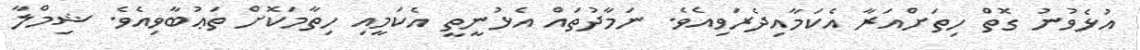
އުޅެވުނު ގޮތް ހިތަށްއަރާ އެކަމާއިދެރަވިއެވެ. ނަމާދުތައް އެޅުނީތީ އެކަމީއި ހިތާމަކޮށް ތަޢުބާވިއެވެ. ޝިމްލާ